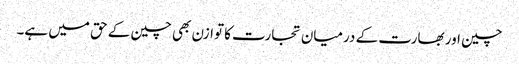
چین اور بھارت کے درمیان تجارت کا توازن بھی چین کے حق میں ہے۔